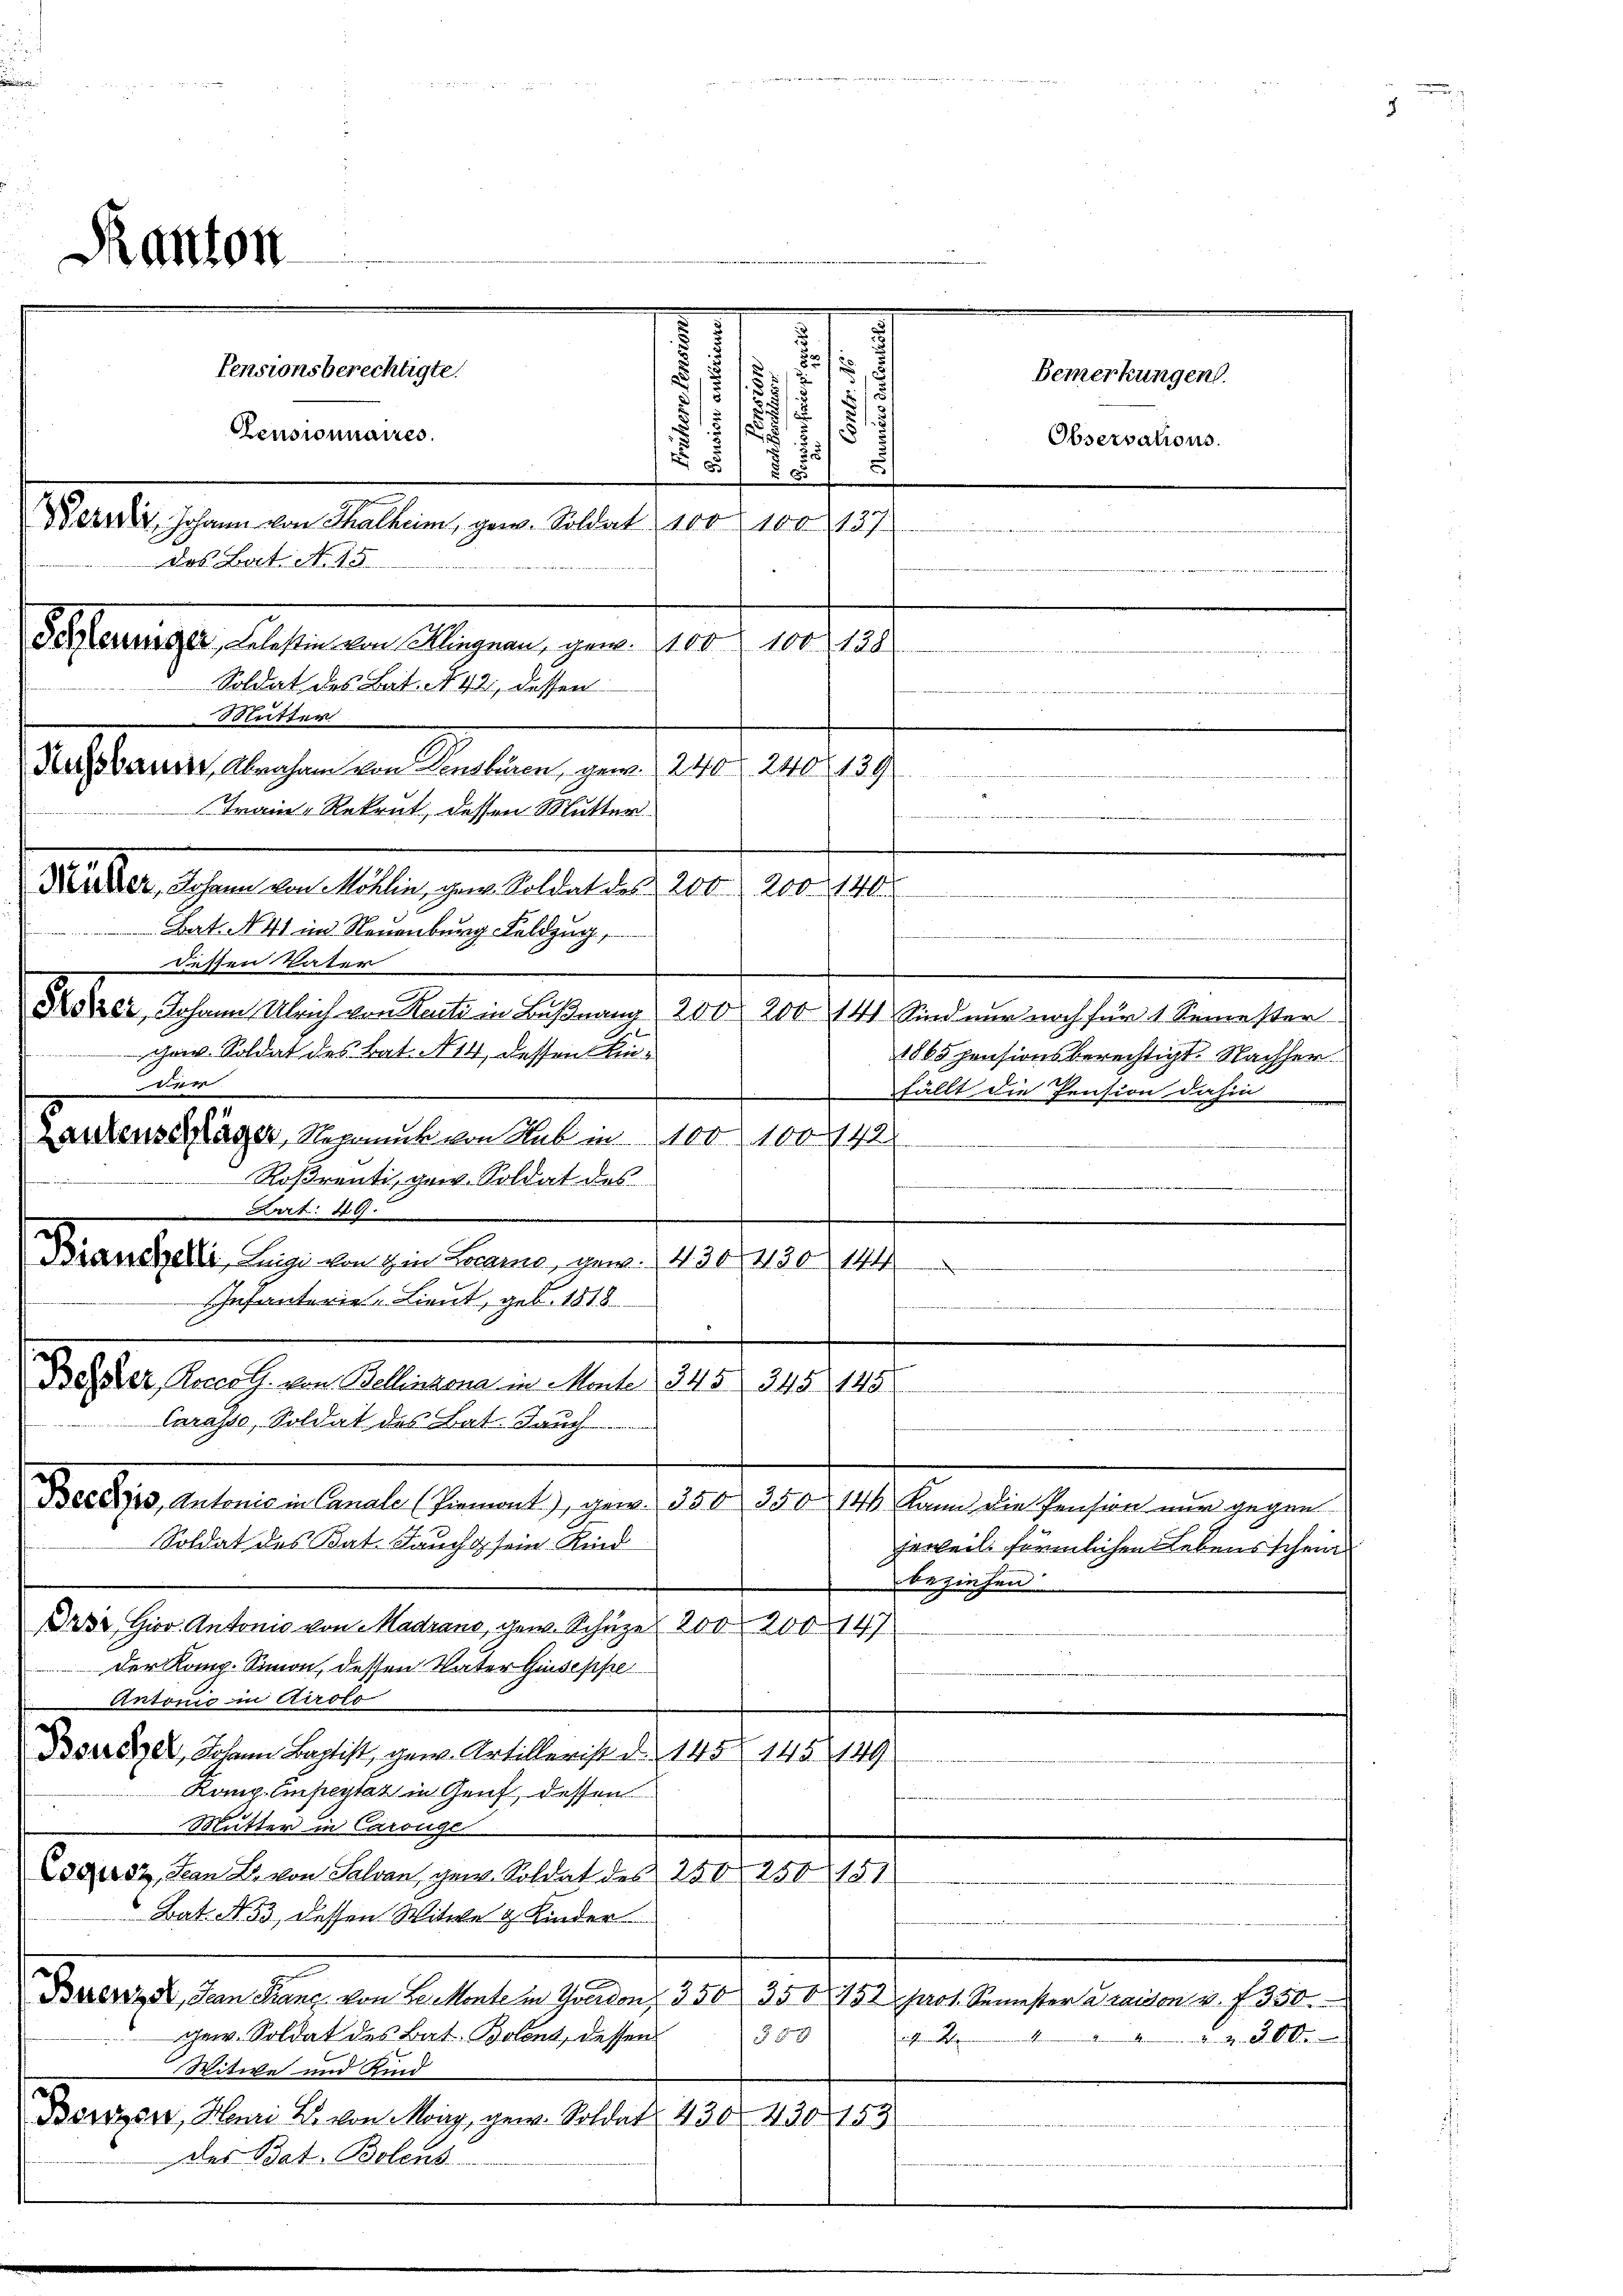
J.

Pensionsberechtigte.
u
/
i
.
117
1
1
Censionnaires.

5
2
u
¬
55/
Peredi, Johann von Thalheim, gew. Soldat 100 100137
B einige, diessenen Klagen, vom 10. verles
 291. 11
Soldat des Bat. 142, dessen
Mutter
Arbander Abraham von Pensbüren, gern. 240 f 2402139
Train-Rekrut, dessen Mutter
.
Mrs der Schen den Alter den allerlesen 10.
200. 140
Bat. N. 41 im Neuenburg Feldzug,
dessen Vater
Kozer, Johann Ulrich von Rente in Bußnang 200 200 141. Sind nur noch für 1 Semester
chant. Soldat des Bat. 14, dessen Eint
1865 pensionsberechtigt. Nachher
fällt die Pension dahin
n
.
Bester Reser G. von Bellinzona in Mante 345 345 145
Carasso, Soldat des Bat. Jauch

Becdy, Antonie in Canale (Piemont), gew. 350 350 144 kann die Pension nur gegen
Soldat des Bat. Jauch sein. Kind
Erweil förmlichen Lebens schein
beziehen
Drr, Gior. Antonio von Madrand gew. Schuze 200 20047
der Komp. Simon, dessen Vater Geiseppe
Antonić in Airolo
Dsrezel, Johann Baptist, gew. Artillerist d. 145 145 149
Komp. Einfestat in Genf, dessen
Mutter in Carouge
Lodusz, San L. von Salvan, gew. Soldat des 250. 250 181
Bat. N. 53, dessen Witwe & Kinder
Buerzte, Jean Franz von Se. Monte in Graden 350 350 452 hart. Semester à raison u. f 350.
gew. Soldat des Bat. Bolent, dessen
350
st. Alten
Witwe und Kind
Bonzon, Henri B. von Mory, gew. Soldat 430. 430 153
des Bat. Bolens

der.
Zeichenschlager Regung von Stab in 100. 100. 142
Roßrenti, gew. Soldat des
Art: 49
Brandszelli, Luigi von in Brand, gew. (4301420 144
Infanterie-Lieut, geb. 1818.

Ranton

des Bat. N. 15

Bemerkungen.

Observations.

5